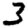
Digit: 3